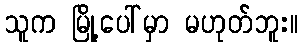
သူက မြို့ပေါ်မှာ မဟုတ်ဘူး။